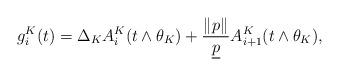
LaTeX: \begin{align*} g^K_{i}(t)=\Delta_K A^K_{i}(t\wedge \theta_K)+\frac{\|p\|_{}}{\underline p} A^K_{i+1}(t\wedge\theta_K), \end{align*}